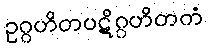
ဥဂ္ဂဟိတပဋိဂ္ဂဟိတကံ